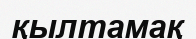
қылтамақ